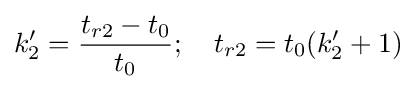
k'_{2}={\frac {t_{r2}-t_{0}}{t_{0}}};\quad t_{r2}=t_{0}(k'_{2}+1)